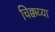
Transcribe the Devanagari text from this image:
चिक्कय्या